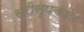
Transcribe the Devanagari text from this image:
सरीसृपकाल